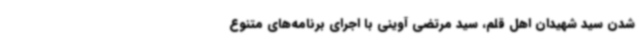
شدن سید شهیدان اهل قلم، سید مرتضی آوینی با اجرای برنامه‌های متنوع